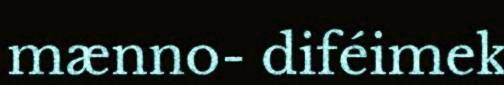
mænno- diféimek